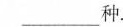
___种。